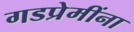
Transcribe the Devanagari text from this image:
गडप्रेमींना